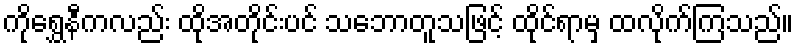
ကိုရွှေနီကလည်း ထိုအတိုင်းပင် သဘောတူသဖြင့် ထိုင်ရာမှ ထလိုက်ကြသည်။